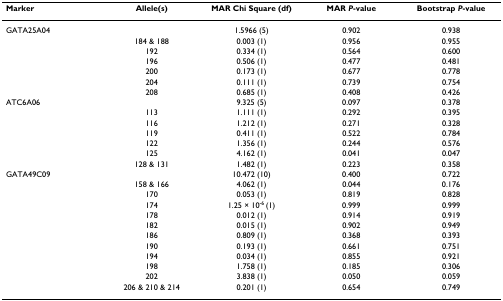
<table><thead><tr><td><b>Marker</b></td><td><b>Allele(s)</b></td><td><b>MAR Chi Square (df)</b></td><td><b>MAR <i>P</i>-value</b></td><td><b>Bootstrap <i>P</i>-value</b></td></tr></thead><tbody><tr><td>GATA25A04</td><td></td><td>1.5966 (5)</td><td>0.902</td><td>0.938</td></tr><tr><td></td><td>184 &amp; 188</td><td>0.003 (1)</td><td>0.956</td><td>0.955</td></tr><tr><td></td><td>192</td><td>0.334 (1)</td><td>0.564</td><td>0.600</td></tr><tr><td></td><td>196</td><td>0.506 (1)</td><td>0.477</td><td>0.481</td></tr><tr><td></td><td>200</td><td>0.173 (1)</td><td>0.677</td><td>0.778</td></tr><tr><td></td><td>204</td><td>0.111 (1)</td><td>0.739</td><td>0.754</td></tr><tr><td></td><td>208</td><td>0.685 (1)</td><td>0.408</td><td>0.426</td></tr><tr><td>ATC6A06</td><td></td><td>9.325 (5)</td><td>0.097</td><td>0.378</td></tr><tr><td></td><td>113</td><td>1.111 (1)</td><td>0.292</td><td>0.395</td></tr><tr><td></td><td>116</td><td>1.212 (1)</td><td>0.271</td><td>0.328</td></tr><tr><td></td><td>119</td><td>0.411 (1)</td><td>0.522</td><td>0.784</td></tr><tr><td></td><td>122</td><td>1.356 (1)</td><td>0.244</td><td>0.576</td></tr><tr><td></td><td>125</td><td>4.162 (1)</td><td>0.041</td><td>0.047</td></tr><tr><td></td><td>128 &amp; 131</td><td>1.482 (1)</td><td>0.223</td><td>0.358</td></tr><tr><td>GATA49C09</td><td></td><td>10.472 (10)</td><td>0.400</td><td>0.722</td></tr><tr><td></td><td>158 &amp; 166</td><td>4.062 (1)</td><td>0.044</td><td>0.176</td></tr><tr><td></td><td>170</td><td>0.053 (1)</td><td>0.819</td><td>0.828</td></tr><tr><td></td><td>174</td><td>1.25 × 10<sup>-6 </sup>(1)</td><td>0.999</td><td>0.999</td></tr><tr><td></td><td>178</td><td>0.012 (1)</td><td>0.914</td><td>0.919</td></tr><tr><td></td><td>182</td><td>0.015 (1)</td><td>0.902</td><td>0.949</td></tr><tr><td></td><td>186</td><td>0.809 (1)</td><td>0.368</td><td>0.393</td></tr><tr><td></td><td>190</td><td>0.193 (1)</td><td>0.661</td><td>0.751</td></tr><tr><td></td><td>194</td><td>0.034 (1)</td><td>0.855</td><td>0.921</td></tr><tr><td></td><td>198</td><td>1.758 (1)</td><td>0.185</td><td>0.306</td></tr><tr><td></td><td>202</td><td>3.838 (1)</td><td>0.050</td><td>0.059</td></tr><tr><td></td><td>206 &amp; 210 &amp; 214</td><td>0.201 (1)</td><td>0.654</td><td>0.749</td></tr></tbody></table>